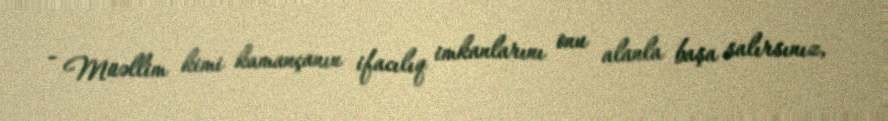
- Müəllim kimi kamançanın ifacılıq imkanlarını onu alanla başa salırsınız,